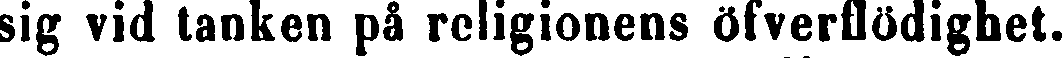
sig vid tanken på religionens öfverflödighet.